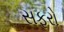
સફરો